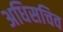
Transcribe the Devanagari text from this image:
अधिसचिव